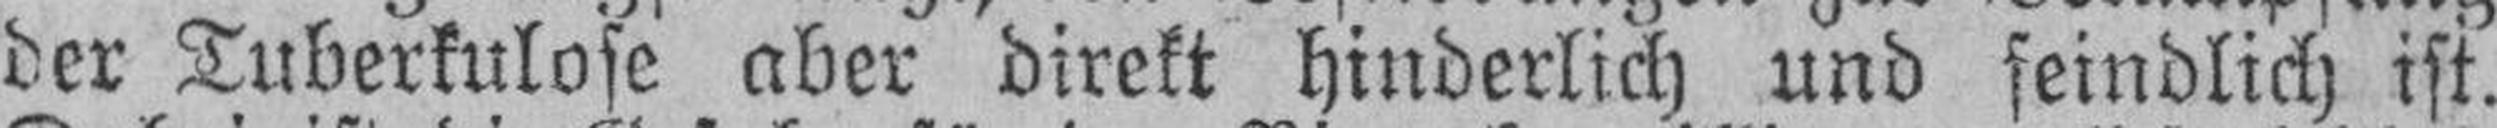
der Tuberkulose aber direkt hinderlich und feindlich ist.